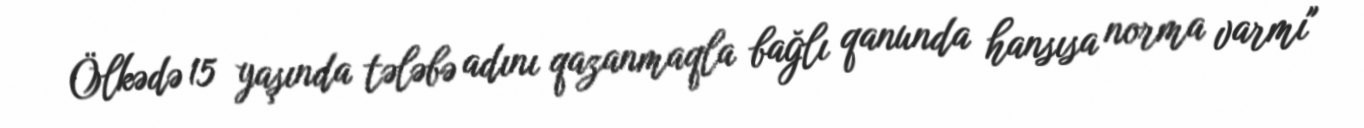
Ölkədə 15 yaşında tələbə adını qazanmaqla bağlı qanunda hansısa norma varmı"